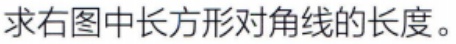
求右图中长方形对角线的长度。